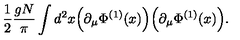
\frac { 1 } { 2 } \frac { g N } { \pi } \int d ^ { 2 } x \Big ( \partial _ { \mu } \Phi ^ { ( 1 ) } ( x ) \Big ) \Big ( \partial _ { \mu } \Phi ^ { ( 1 ) } ( x ) \Big ) .